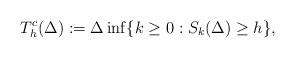
LaTeX: \begin{align*}T_h^c(\Delta) :=\Delta\inf\{k\geq 0:S_{k}({\Delta})\geq h\}, \end{align*}